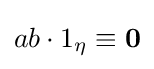
{\textstyle ab\cdot 1_{\eta }\equiv {\bf {0}}}